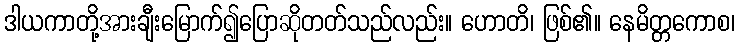
ဒါယကာတို့အားချီးမြောက်၍ပြောဆိုတတ်သည်လည်း။ ဟောတိ၊ ဖြစ်၏။ နေမိတ္တကောစ၊